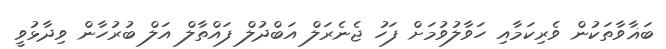
ބަޣާވާތަކުން ވެރިކަމާއި ހަވާލުވުމަށް ފަހު ޖެނެރަލް އަބްދުލް ފައްތާލް އަލް ބުރުހާން ވިދާޅުވީ